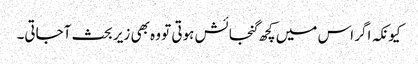
کیونکہ اگر اس میں کچھ گنجائش ہوتی تو وہ بھی زیر بحث آجاتی۔